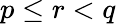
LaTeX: p\leq r<q